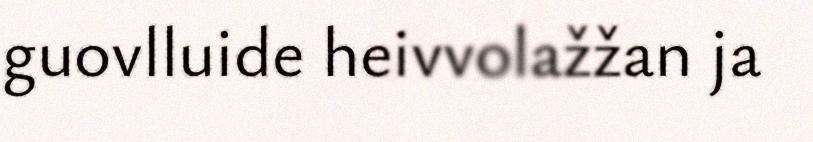
guovlluide heivvolažžan ja